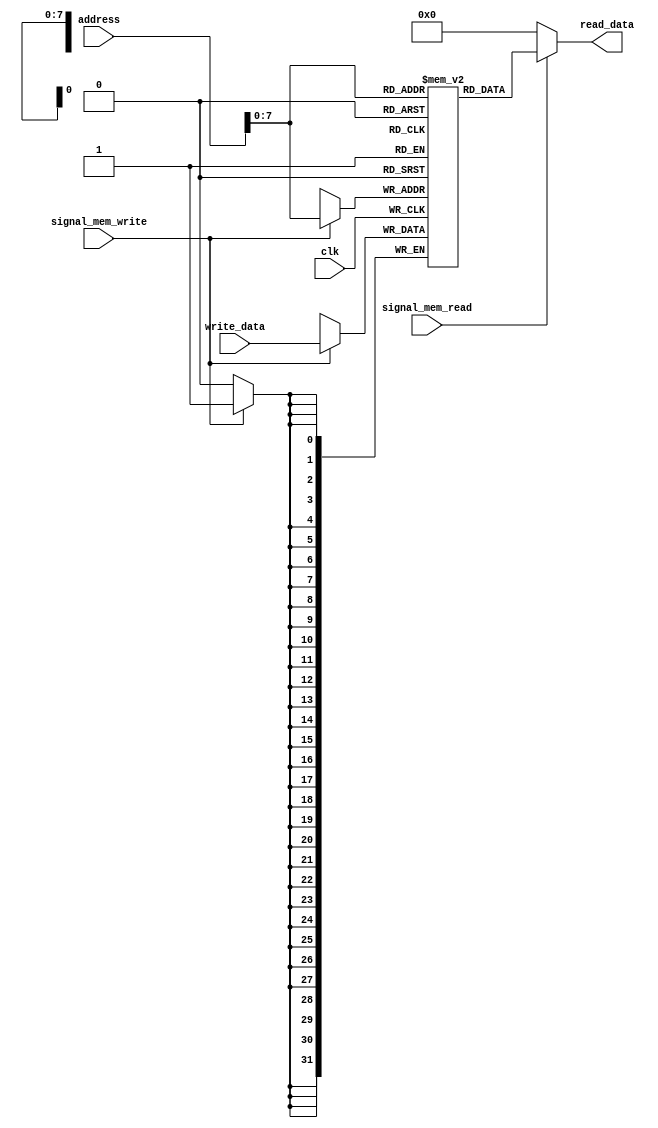
module mips_data(
	input [31:0]write_data,
	input [31:0]address,
	input signal_mem_write,
	input signal_mem_read,
	input clk,
	output [31:0]read_data);

	// 32 bit 256 pieces data memory
	reg [31:0] data_memory [255:0];
	
	// in the negative edge of the clock, if the MemWrite signal is 1
	// which means it is a sw, the given data is written to the given adress
	always @(negedge clk) 
		if(signal_mem_write)
			begin
				data_memory[address] <= write_data;
			end

	// if the MemRead signal is 1,which means it is a lw, the data at the
	// given address is received, otherwise returns 0.
	assign read_data =(signal_mem_read) ? data_memory[address] : 32'd0;

	
endmodule